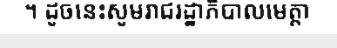
។ ដូចនេះសូមរាជរដ្ឋាភិបាលមេត្តា